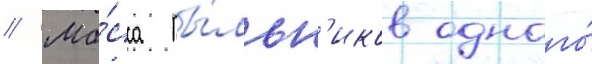
// Ма́сса пы́льн'иков одного́